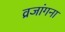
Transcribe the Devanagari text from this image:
व्रजांगना